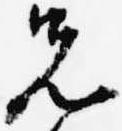
先